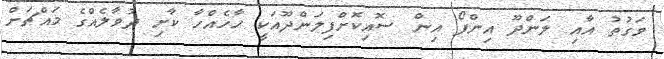
ވަގުތު އާއި ލަންދޫ އިންފޯ އިން ސޮއިކޮށްފިލަންދޫއަކީ ހާހެއްހާ ކާށި ދުވާލެއްގެ މައްޗަށް